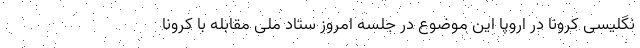
نگلیسی کرونا در اروپا این موضوع در جلسه امروز ستاد ملی مقابله با کرونا